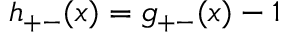
h _ { + - } ( x ) = g _ { + - } ( x ) - 1